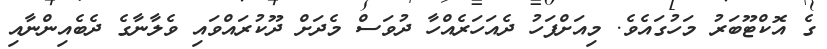
ގެ އޮކްޓޫބަރު މަހުގައެވެ. މިއަށްފަހު ދެއަހަރެއްހާ ދުވަސް މެދަށް ދޫކުރައްވައި ވެލާނާގެ ދެބެއިންނާއި